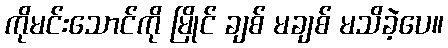
ကိုမင်းသောင်ကို မြိုင် ချစ် မချစ် မသိခဲ့ပေ။